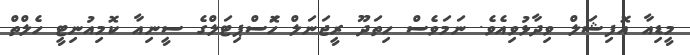
މީޑިއާ އޮފިޝަލް ވިދާޅުވިއެވެ. ނަމަވެސް ހިތަދޫ ރީޖަނަލް ހޮަސްޕިޓަލްގެ ސީނިއާ ކޮމިއުނިޓީ ހެލްތް